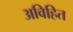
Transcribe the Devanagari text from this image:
अविहित